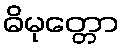
ဓိမုတ္တော